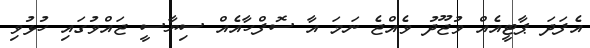
އެފަދަ ޕާޓީއެއް ވުޖޫދު ވެއްޖެ ނަމަ އާ ސޮފްހާއެއް ސިޔާސީ ޖައްވުގައި ހުޅުވި